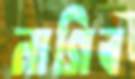
নাগিব